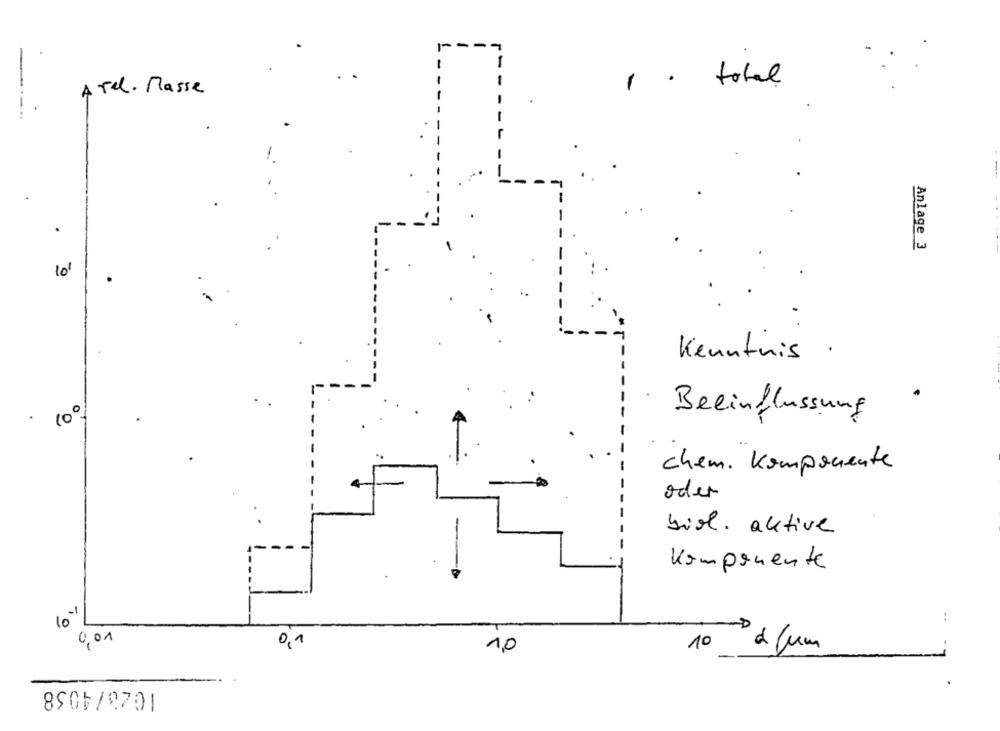
-
-
total
ATel. Masse
----..
.
Anlage 3
10
Kenntnis
.
10º
Beeinflussung
chem. Komponente
oder
biol. aktive
Komponente
10''
-D
0,01
0,1
1,0
10 2 /um
8906/8701